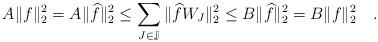
LaTeX: \begin{align*}A\|f\|^2_2=A\|\widehat{f}\|^2_2\le \sum_{J\in\mathbb{J}} \| \widehat{f}W_J \|_2^2 \le B \|\widehat{f}\|^2_2 = B\|f\|^2_2 \quad.\end{align*}